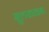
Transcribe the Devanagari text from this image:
सुलख्खना